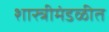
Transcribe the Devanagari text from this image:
शास्त्रीमंडळीत